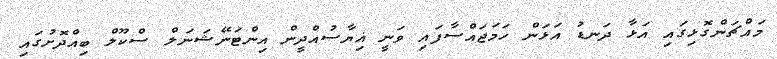
މައްޗަންގޮޅިގައި އަޅާ ދަނޑު އަޅަން ހަމަޖައްސާފައި ވަނީ ޣިޔާސުއްދީން އިންޓަނޭޝަނަލް ސްކޫލް ބިއްދޮށުގައި